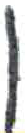
אות: ן